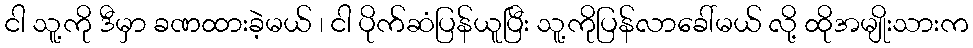
ငါ သူ့ကို ဒီမှာ ခဏထားခဲ့မယ် ၊ ငါ ပိုက်ဆံပြန်ယူပြီး သူ့ကိုပြန်လာခေါ်မယ် လို့ ထိုအမျိုးသားက